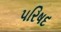
૫રિષદ